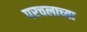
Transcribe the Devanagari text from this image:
परचलाच्या